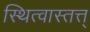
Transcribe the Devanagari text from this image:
स्थित्वास्तत्त्